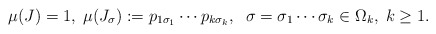
\begin{align*}\mu(J)=1,\;\mu(J_{\sigma}):=p_{1\sigma_{1}}\cdots p_{k\sigma_{k}},\;\;\sigma=\sigma_{1}\cdots\sigma_{k}\in\Omega_{k},\; k\geq1.\end{align*}